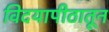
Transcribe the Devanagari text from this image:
विदयापीठातून